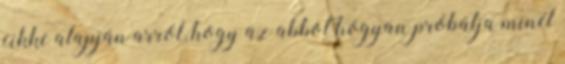
cikke alapján arról, hogy az abbot hogyan próbálja minél